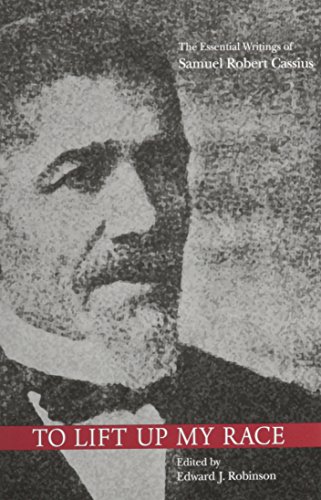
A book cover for To Lift Up My Race: The Essential Writings of Samuel Robert Cassius; Christian Books & Bibles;